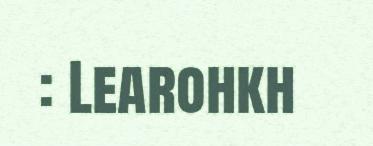
: Learohkh